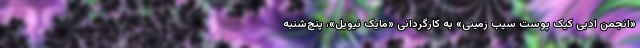
«انجمن ادبی کیک پوست سیب زمینی» به کارگردانی «مایک نیویل»، پنج‌شنبه